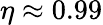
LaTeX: \eta\approx 0.99